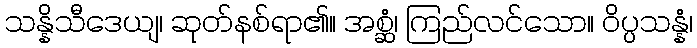
သန္နိသီဒေယျ၊ ဆုတ်နစ်ရာ၏။ အစ္ဆံ၊ ကြည်လင်သော။ ဝိပ္ပသန္နံ၊